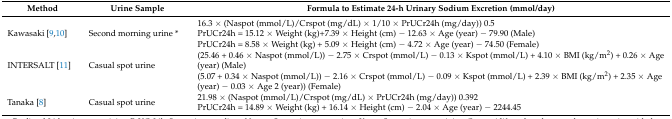
| Method | Urine Sample | Formula to Estimate 24-h Urinary Sodium Excretion (mmol/day) |
 | --- | --- | --- |
 | <ROWSPAN=3> Kawasaki [9,10] | <ROWSPAN=3> Second morning urine * | 16.3 × (Naspot (mmol/L)/Crspot (mg/dL) × 1/10 × PrUCr24h (mg/day)) 0.5 |
 | PrUCr24h = 15.12 × Weight (kg)+7.39 × Height (cm) − 12.63 × Age (year) − 79.90 (Male) |
 | PrUCr24h = 8.58 × Weight (kg) + 5.09 × Height (cm) − 4.72 × Age (year) − 74.50 (Female) |
 | <ROWSPAN=2> INTERSALT [11] | <ROWSPAN=2> Casual spot urine | (25.46 + 0.46 × Naspot (mmol/L)) − 2.75 × Crspot (mmol/L) − 0.13 × Kspot (mmol/L) + 4.10 × BMI (kg/m2) + 0.26 × Age (year) (Male) |
 | (5.07 + 0.34 × Naspot (mmol/L)) − 2.16 × Crspot (mmol/L) − 0.09 × Kspot (mmol/L) + 2.39 × BMI (kg/m2) + 2.35 × Age (year) − 0.03 × Age 2 (year)) (Female) |
 | <ROWSPAN=2> Tanaka [8] | <ROWSPAN=2> Casual spot urine | 21.98 × (Naspot (mmol/L)/Crspot (mg/dL) × PrUCr24h (mg/day)) 0.392 |
 | PrUCr24h = 14.89 × Weight (kg) + 16.14 × Height (cm) − 2.04 × Age (year) − 2244.45 |